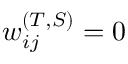
w _ { i j } ^ { ( T , S ) } = 0